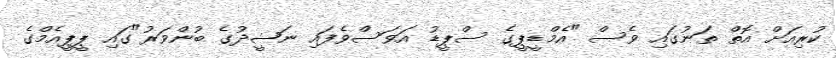
ކުރިއަށް އޮތް ތަނުގައި ވެސް "އެމްޑީޕީގެ ސްޕީޑު އަވަސްވެފައި ނަޝީދުގެ ބުންވަރު"ގައި ޕީޕީއެމްގެ